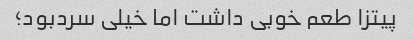
پیتزا طعم خوبی داشت اما خیلی سردبود؛